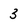
Character: 3